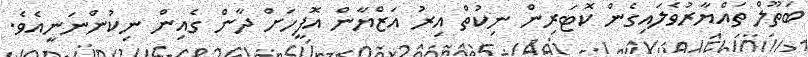
ބަތޫލް ތައްޔާރުވެލައިގެން ކޮޓަރިން ނިކުތް އިރު އަޒްޔާން އޮފީހަށް ދާން ގެއިން ނިކުންނަނީއެވެ.